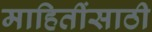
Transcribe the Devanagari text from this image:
माहितींसाठी